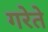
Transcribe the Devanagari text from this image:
गरेते